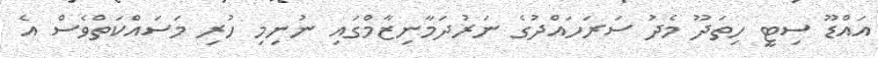
އައްޑޫ ސިޓީ ހިތަދޫ މެދު ސަރަހައްދުގެ ނަރުދަމާނިޒާމްގައި ނުނިމި ހުރި މަސައްކަތްވެސް އެ